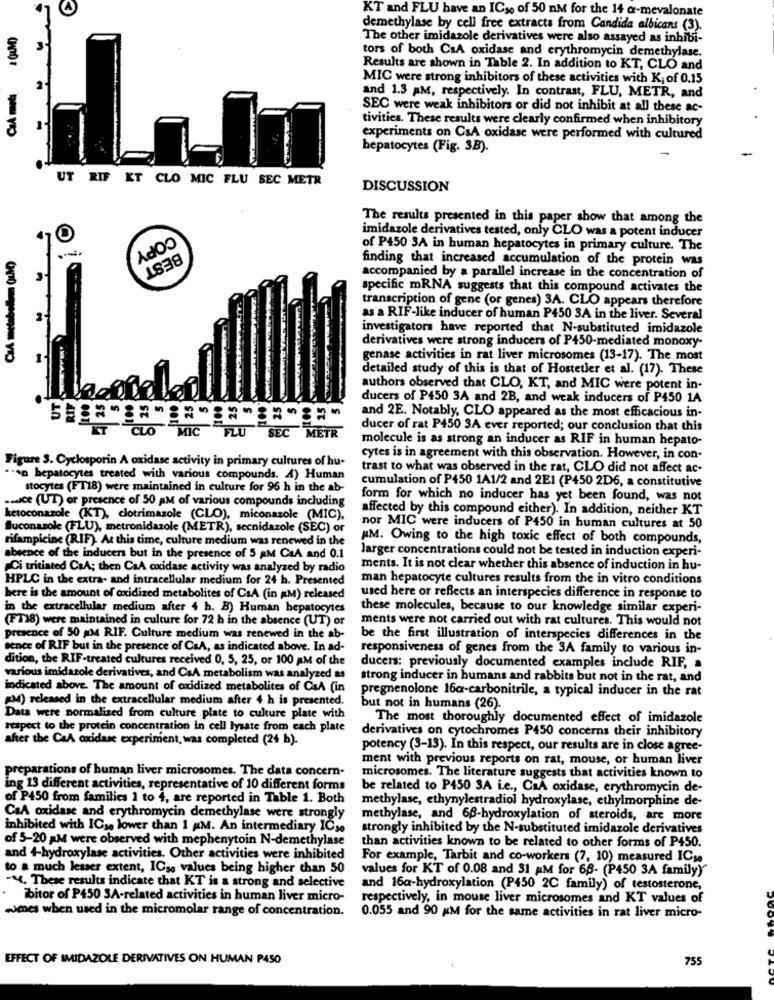
KT and FLU have an ICso of 50 nM for the 14 a-mevalonate
demethylase by cell free extracts from Candida albicans (3).
The other imidazole derivatives were also assayed as inhibi-
tors of both CsA oxidase and erythromycin demethylase.
Results are shown in Table 2. In addition to KT, CLO and
MIC were strong inhibitors of these activities with K; of 0.15
and 1.3 AM, respectively. In contrast, FLU, METR, and
SEC were weak inhibitors or did not inhibit at all these ac-
tivities. These results were clearly confirmed when inhibitory
1
experiments on CsA oxidase were performed with cultured
hepatocytes (Fig. 3B).
UT RIF KT CLO MIC FLU SEC METR
DISCUSSION
The results presented in this paper show that among the
imidazole derivatives tested, only CLO was a potent inducer
CaA metabollem (LM)
COPY
of P450 3A in human hepatocytes in primary culture. The
BEST
finding that increased accumulation of the protein was
accompanied by a parallel increase in the concentration of
specific mRNA suggests that this compound activates the
transcription of gene (or genes) 3A. CLO appears therefore
as a RIF-like inducer of human P450 3A in the liver. Several
investigators have reported that N-substituted imidazole
derivatives were strong inducers of P450-mediated monoxy-
genase activities in rat liver microsomes (13-17). The most
detailed study of this is that of Hostetler et al. (17). These
authors observed that CLO, KT, and MIC were potent in-
ducers of P450 3A and 2B, and weak inducers of P450 1A
and 2E. Notably, CLO appeared as the most efficacious in-
ducer of rat P450 SA ever reported; our conclusion that this
CLO MIC FLU SEC METR
molecule is as strong an inducer as RIF in human hepato-
Figure 3. Cyclosporin A oxidase activity in primary cultures of hu-
cytes is in agreement with this observation. However, in con-
trast to what was observed in the rat, CLO did not affect ac-
".on hepatocytes treated with various compounds. A) Human
Itocytes (FT18) were maintained in culture for 96 h in the ab-
cumulation of P450 1A1/2 and 2E1 (P450 2D6, a constitutive
wice (UT) or presence of 50 AM of various compounds including
form for which no inducer has yet been found, was not
affected by this compound either). In addition, neither KT
ketoconazole (KT), clotrimazole (CLO), miconazole (MIC),
fluconazole (FLU), metronidazole (METR), secnidazole (SEC) or
nor MIC were inducers of P450 in human cultures at 50
rifampicine (RIF). At this time, culture medium was renewed in the
AM. Owing to the high toxic effect of both compounds,
larger concentrations could not be tested in induction experi-
absence of the inducen but in the presence of 5 &M C&A and 0.1
Ci tritiated C&A; then CaA oxidase activity was analyzed by radio
ments. It is not clear whether this absence of induction in hu-
HPLC in the extra- and intracellular medium for 24 h. Presented
man hepatocyte cultures results from the in vitro conditions
here is the amount of oxidized metabolites of CsA (in aM) released
used here or reflects an interspecies difference in response to
in the extracellular medium after 4 h. B) Human hepatocytes
these molecules, because to our knowledge similar experi-
(FT18) were maintained in culture for 72 h in the absence (UT) or
ments were not carried out with rat cultures. This would not
presence of 50 AM RIF. Culture medium was renewed in the ab-
be the first illustration of interspecies differences in the
sence of RIF but in the presence of CaA, as indicated above. In ad-
responsiveness of genes from the 3A family to various in-
dition, the RIF-treated cultures received 0, 5, 25, or 100 AM of the
ducers: previously documented examples include RIF, a
various imidazole derivatives, and CaA metabolism was analyzed as
strong inducer in humans and rabbits but not in the rat, and
indicated above. The amount of oxidized metabolites of C&A (in
pregnenolone 16c-carbonitrile, a typical inducer in the rat
px) released in the extracellular medium after 4 h is presented.
but not in humans (26).
Data were normalized from culture plate to culture plate with
The most thoroughly documented effect of imidazole
respect to the protein concentration in cell lysate from each plate
derivatives on cytochromes P450 concerns their inhibitory
after the CaA oxidase experiment, was completed (24 b).
potency (3-13). In this respect, our results are in close agree-
ment with previous reports on rat, mouse, or human liver
preparations of human liver microsomes. The data concern-
microsomes. The literature suggests that activities known to
ing 13 different activities, representative of 10 different forms
be related to P450 3A i.e ., CaA oxidase, erythromycin de-
of P450 from families 1 to 4, are reported in Table 1. Both
methylase, ethynylestradiol hydroxylase, ethylmorphine de-
C&A oxidase and erythromycin demethylase were strongly
methylase, and 68-hydroxylation of steroids, are more
inhibited with ICse lower than 1 KM. An intermediary IC30
strongly inhibited by the N-substituted imidazole derivatives
of 5-20 gM were observed with mephenytoin N-demethylase
than activities known to be related to other forms of P450.
and 4-hydroxylase activities. Other activities were inhibited
For example, Tarbit and co-workers (7, 10) measured ICse
to a much lesser extent, ICse values being higher than 50
values for KT of 0.08 and 31 AM for 66- (P450 3A family)"
-4. These results indicate that KT is a strong and selective
and 16a-hydroxylation (P450 2C family) of testosterone,
bitor of P450 3A-related activities in human liver micro-
respectively, in mouse liver microsomes and KT values of
wimes when used in the micromolar range of concentration.
0.055 and 90 KM for the same activities in rat liver micro-
EFFECT OF IMIDAZOLE DERIVATIVES ON HUMAN P450
755